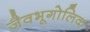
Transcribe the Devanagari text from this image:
जैवभूगोलिक